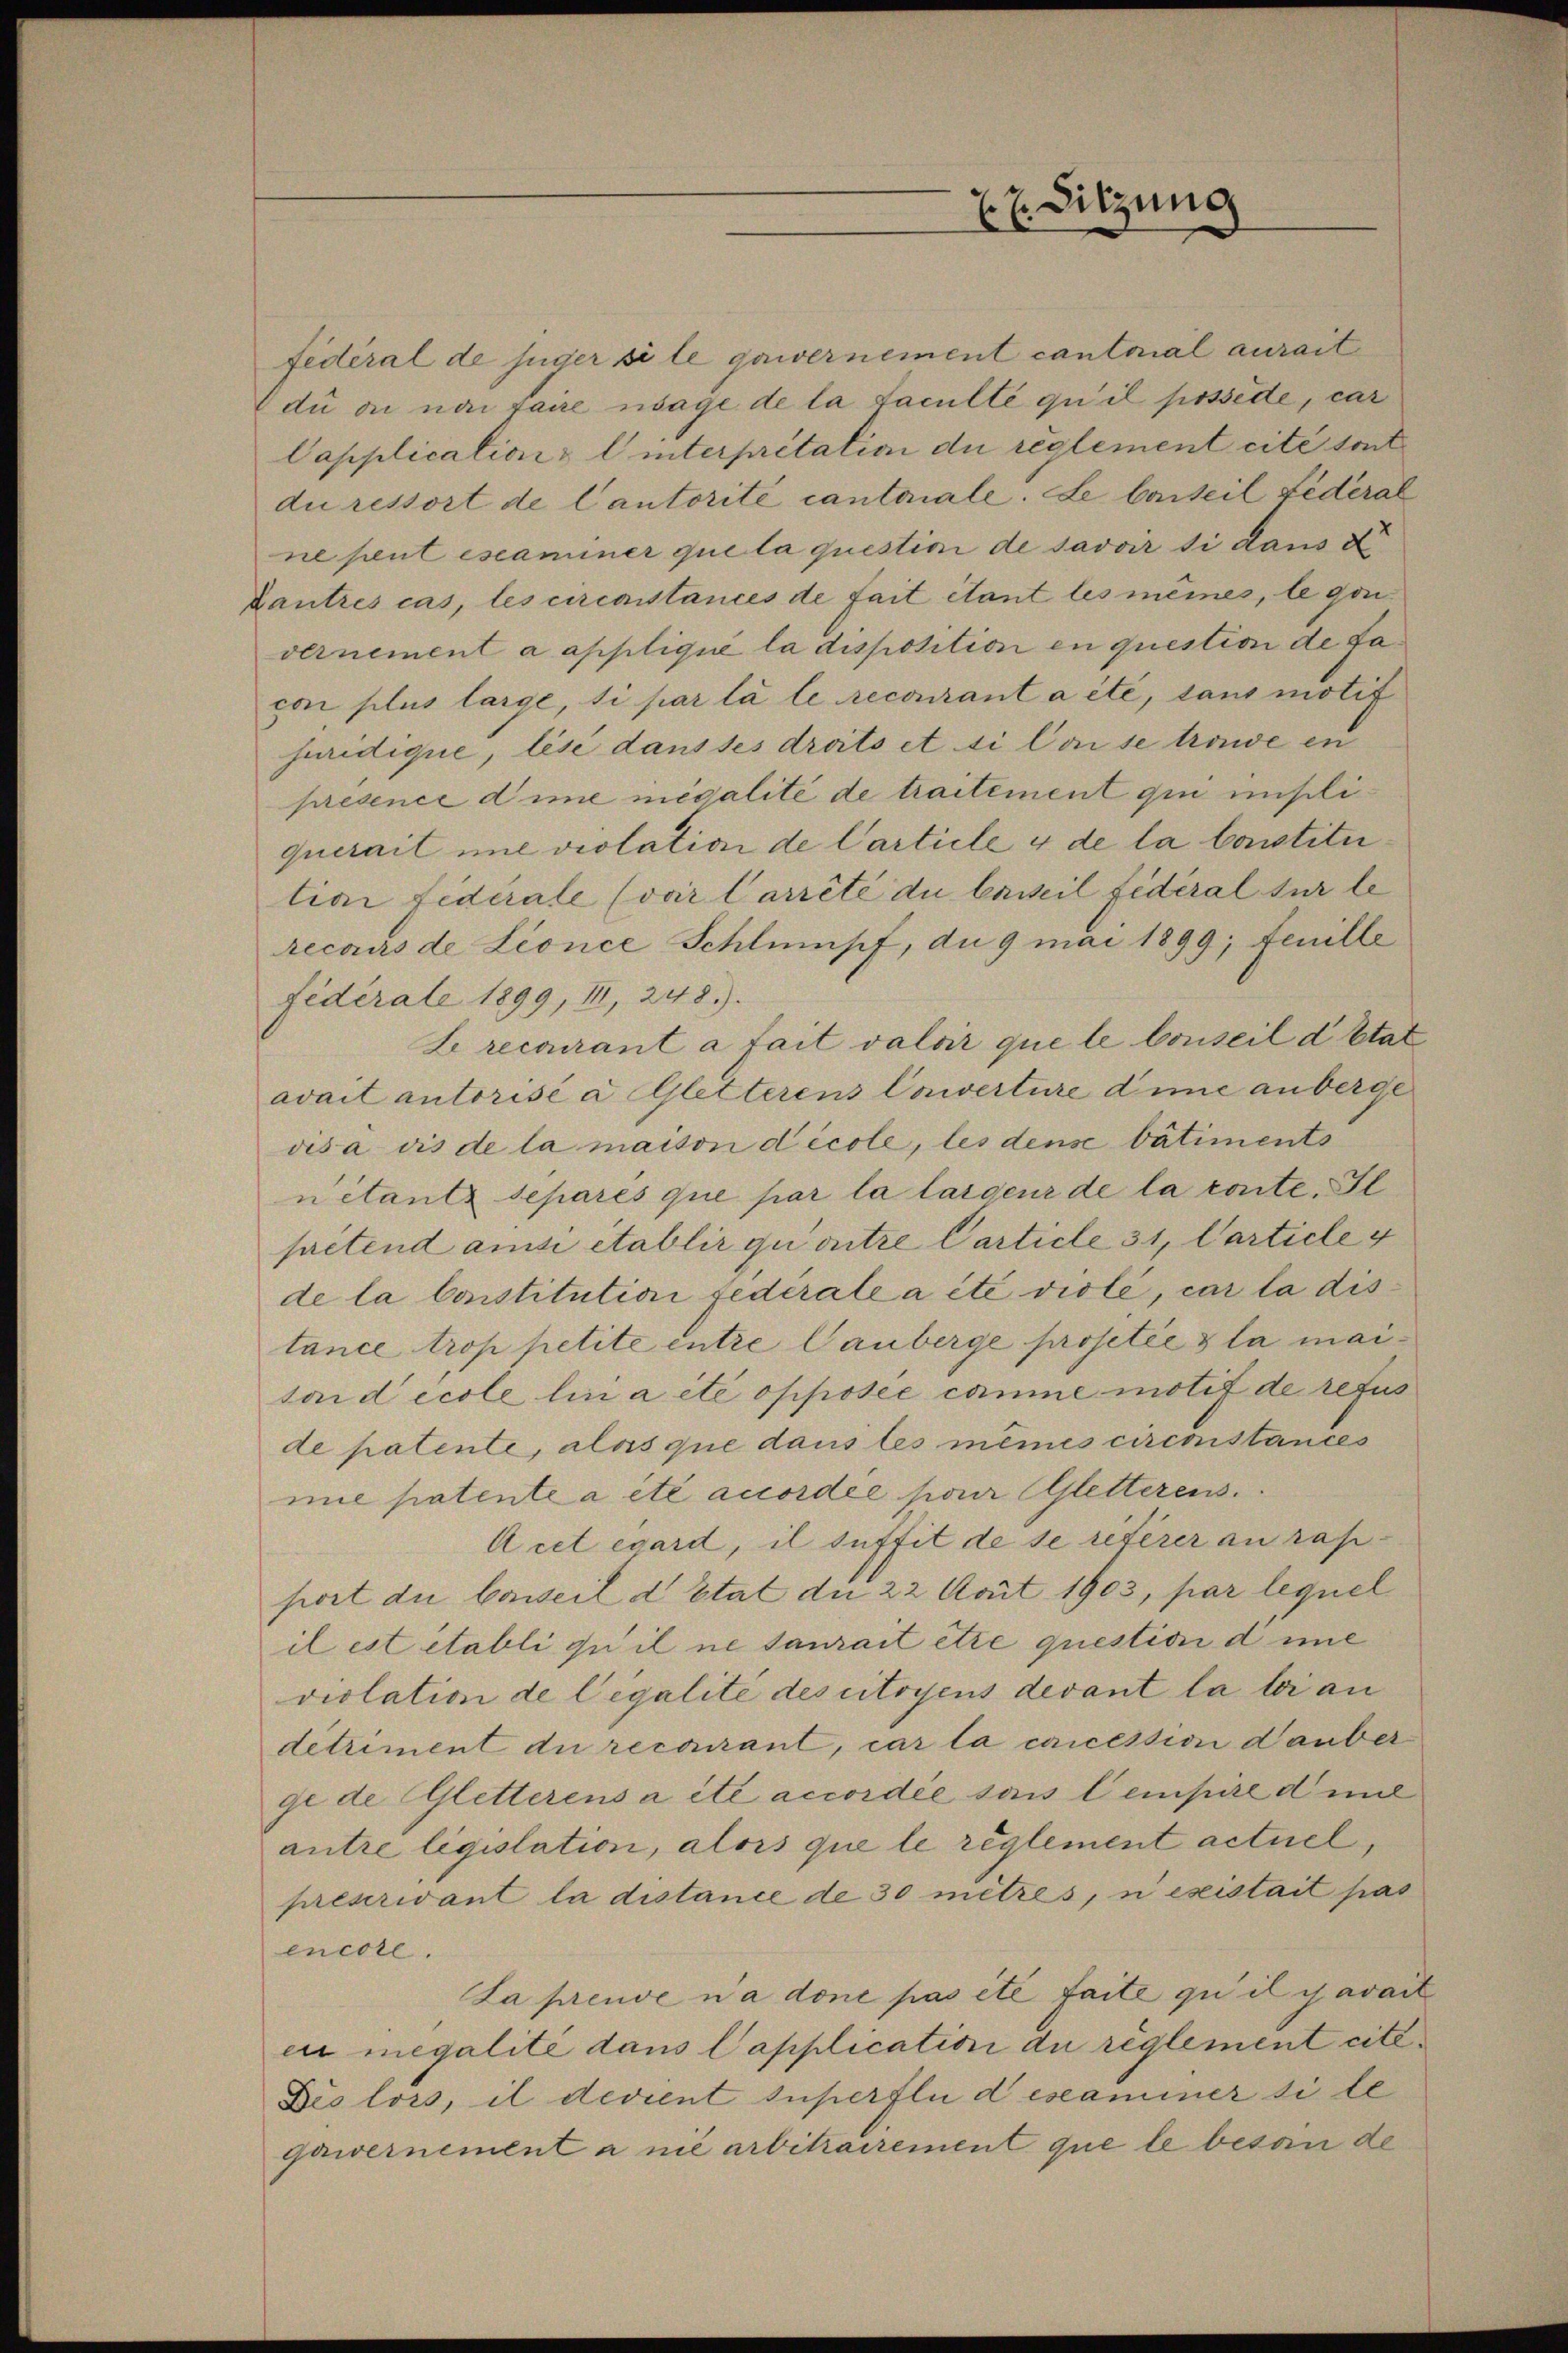
.

E. E. Sitzung

fédéral de juger si le gawernement cantonal aurait
di an nai faire nage de la faculté qu’il possède, car
Capplication & l interpretation du reglement cité sont
du ressort de Cantorité cantonale. Le barteil Federal
ne peut escaminer que la questini de savoir si dans d
Cautres cas, les circostances de fait étant les mêmes, le gan
vernement a applique la disposition en question de Fapo plus large, si par la le recourant a été, sans motif
juridique, lese dans ses droits et si Conse trowe en
présence dime negalité de traitement qui insoliquerait une violation de Carticle 4 de la Constitu
liar fidérale (vor Carrêté du beweil fédéral sur le
recaus de Lionce Schlumpf, du 9 mai 1899; feuille
Federale 1899, III, 248.)
Le recourant à fait valoir que le Conseil d’Etat
avait autorisé à Gletterens Converture dime anberge
visa dis de la maison décole, les dense bâtiments
nitantz separés que par la largenz de la conte. Il
prétend ansi etablir quontre Carticle 31, Carticle 4
de la Constitutioni federate a été viole, car la distance trop petite entre Cauberge prosetée à la maitand ecole lui a été opposée comme motif de refus
de patente, alas que dans les mêmes cirenstances
mie patente a été accordée pour letterens.
Acet esard, il suffit de se riterer au rap-
port du beweil d Etat die 22 Aait 1903, par lequel
il est établi quil ne saurait etce question dene
violation de legalité des citoyens devant la loi an
detriment du recourant, car la cancession dauber
ge de letterens a été accordée sous lempire d’une
antre législation, alors que le réglement actuel,
preserivant la distance de 30 mètres, ni esistait pas
encore.
La preuve ua done pas été faite qui il y avai
ei megalité dans Capplication du règlement cit.
Dis lors, il devient superfli descaminer si le
gawernement a nie arbitrairement que le besonde

E